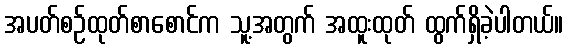
အပတ်စဉ်ထုတ်စာစောင်က သူ့အတွက် အထူးထုတ် ထွက်ရှိခဲ့ပါတယ်။